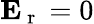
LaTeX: \mathbf{E}_{\mathrm{~r~}}=0